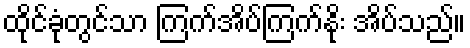
ထိုင်ခုံတွင်သာ ကြက်အိပ်ကြက်နိုး အိပ်သည်။